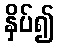
နှိပ်၍